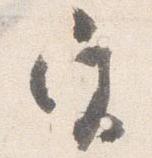
宮